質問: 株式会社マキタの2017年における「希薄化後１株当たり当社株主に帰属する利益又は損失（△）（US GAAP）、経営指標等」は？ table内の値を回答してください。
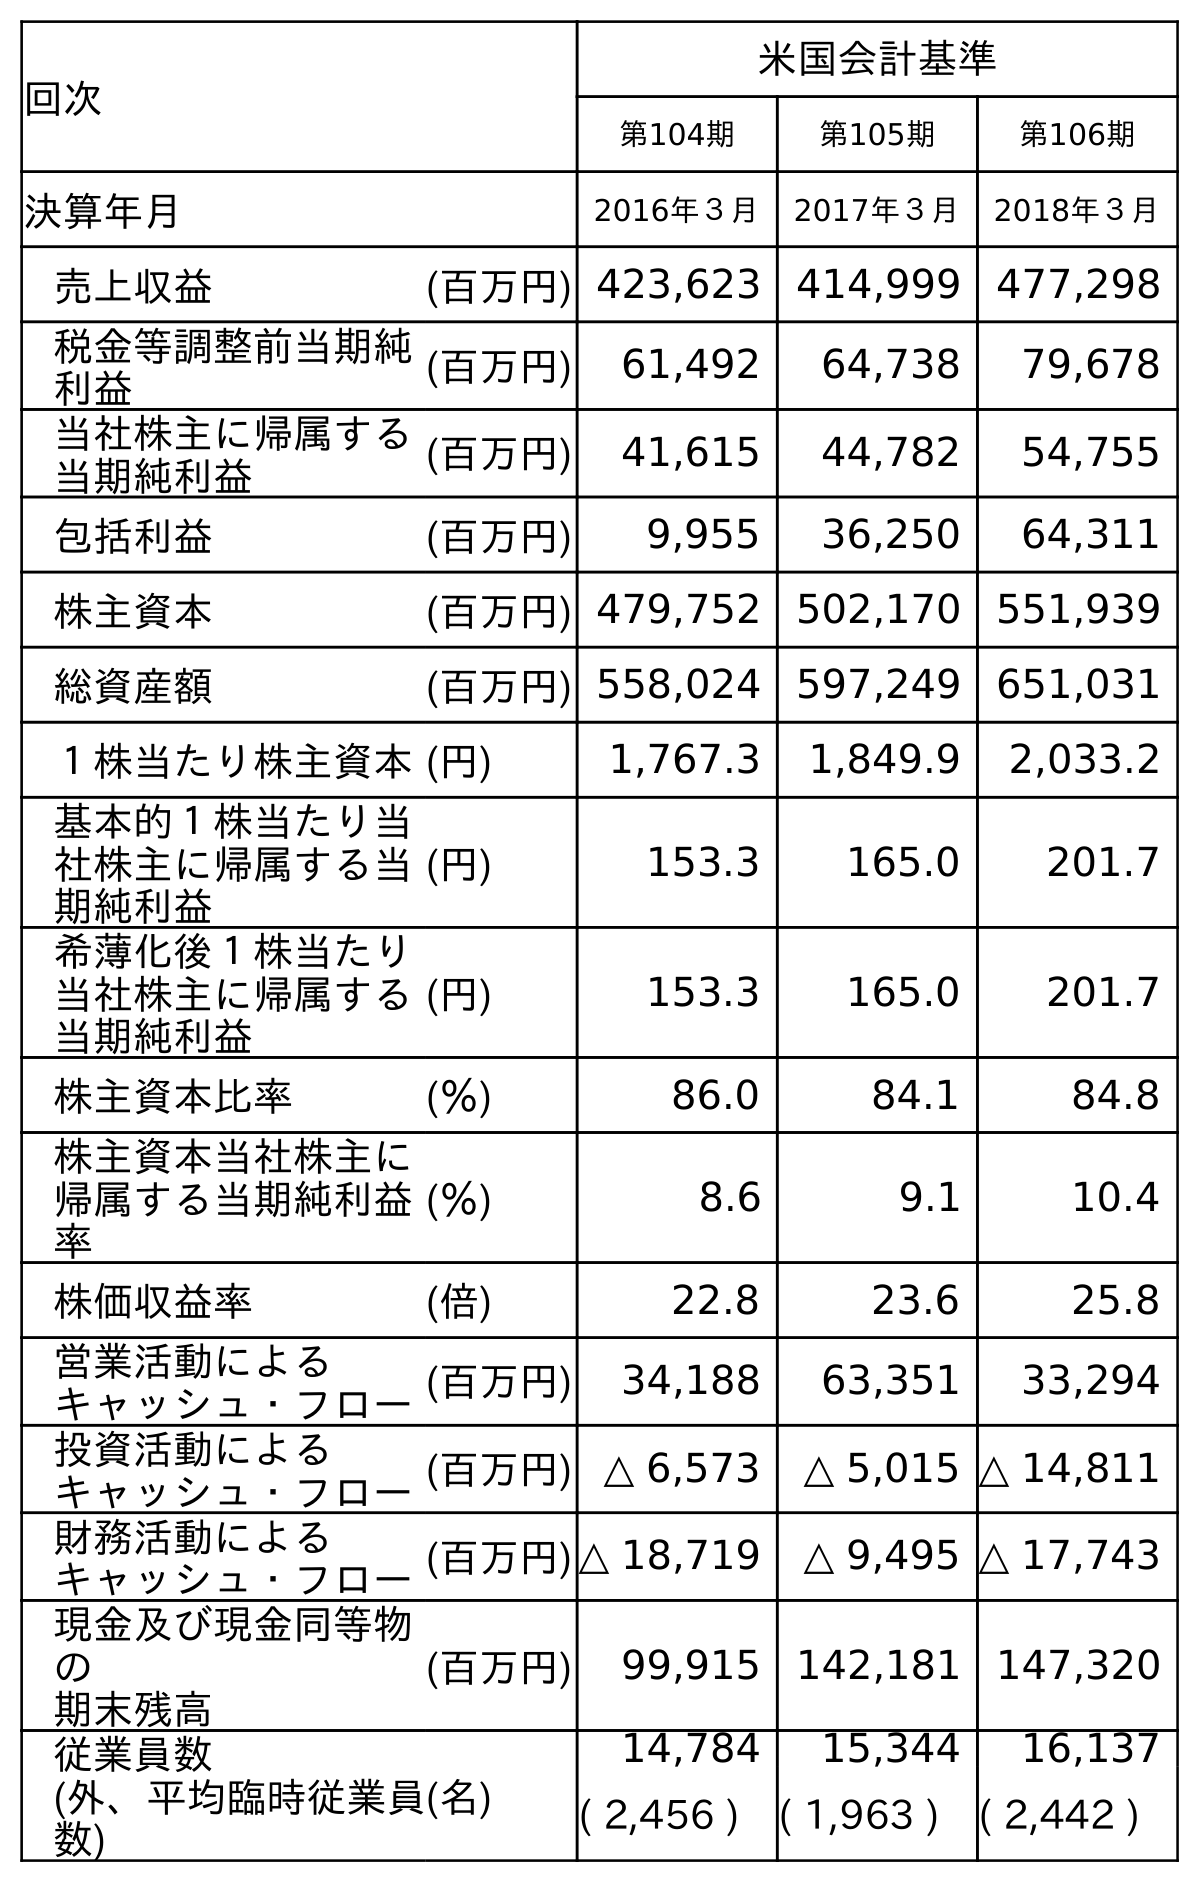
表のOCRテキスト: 回次 米国会計基準 第104期 第105期 第106期 決算年月 2016年３月 2017年３月 2018年３月 売上収益 (百万円) 423,623 414,999 477,298 税金等調整前当期純 利益 (百万円) 61,492 64,738 79,678 当社株主に帰属する 当期純利益 (百万円) 41,615 44,782 54,755 包括利益 (百万円) 9,955 36,250 64,311 株主資本 (百万円) 479,752 502,170 551,939 総資産額 (百万円) 558,024 597,249 651,031 １株当たり株主資本(円) 1,767.3 1,849.9 2,033.2 基本的１株当たり当 社株主に帰属する当 期純利益 (円) 153.3 165.0 201.7 希薄化後１株当たり 当社株主に帰属する 当期純利益 (円) 153.3 165.0 201.7 株主資本比率 (％) 86.0 84.1 84.8 株主資本当社株主に 帰属する当期純利益 率 (％) 8.6 9.1 10.4 株価収益率 (倍) 22.8 23.6 25.8 営業活動による キャッシュ・フロー(百万円) 34,188 63,351 33,294 投資活動による キャッシュ・フロー(百万円) △ 6,573 △ 5,015 △ 14,811 財務活動による キャッシュ・フロー(百万円)△ 18,719 △ 9,495 △ 17,743 現金及び現金同等物 の 期末残高 (百万円) 99,915 142,181 147,320 従業員数 (外、平均臨時従業員 数) (名) 14,784 15,344 16,137 ( 2,456 ) ( 1,963 ) ( 2,442 )
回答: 165.0